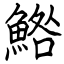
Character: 鯦